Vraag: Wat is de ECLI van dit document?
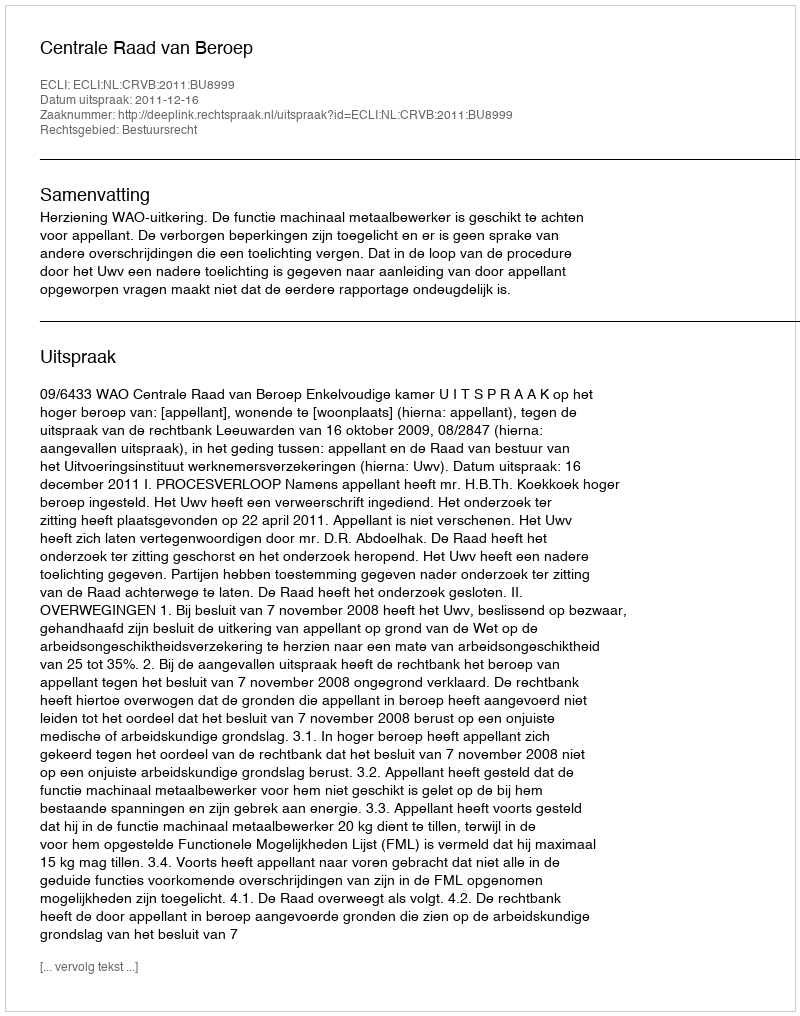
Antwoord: ECLI:NL:CRVB:2011:BU8999